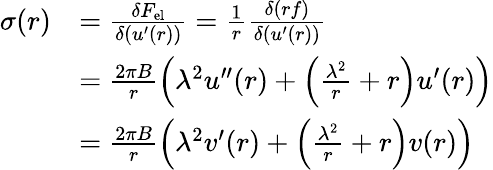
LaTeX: \begin{array}{rl}{\sigma(r)}&{=\frac{\delta{F}_{\mathrm{{el}}}}{\delta(u^{\prime}(r))}=\frac{1}{r}\frac{\delta(rf)}{\delta(u^{\prime}(r))}}\\ &{=\frac{2\pi B}{r}\left(\lambda^{2}u^{\prime\prime}(r)+\left(\frac{\lambda^{2}}{r}+r\right)u^{\prime}(r)\right)}\\ &{=\frac{2\pi B}{r}\left(\lambda^{2}v^{\prime}(r)+\left(\frac{\lambda^{2}}{r}+r\right)v(r)\right)}\end{array}